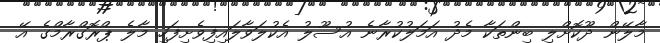
މާލޭން ދޫކޮށްލި ބިންތަކާ މެދު އަމަލުކުރާނެ އުސޫލު އެކުލަވާލައިފިވެށިފަހި މާލެ ޕްރޮގްރާމްގެ އޭ